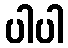
ပါပါ